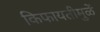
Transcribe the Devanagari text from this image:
किफायतीमुळें